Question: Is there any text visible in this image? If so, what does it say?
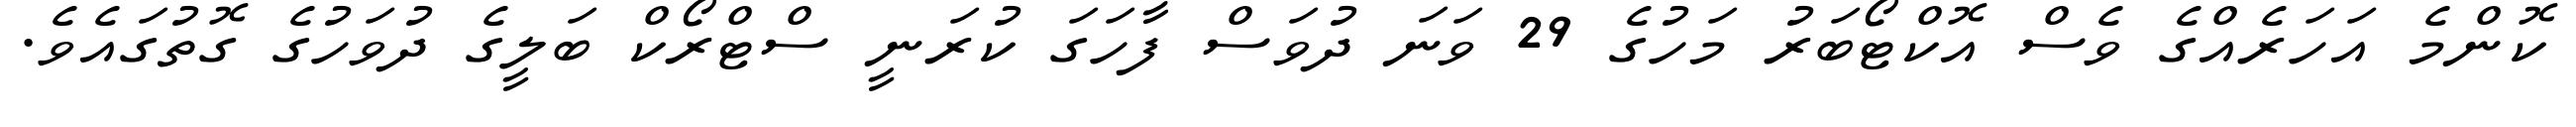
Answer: ކޮންމެ އަހަރެއްގެ ވެސް އޮކްޓޯބަރު މަހުގެ 29 ވަނަ ދުވަސް ފާހަގަ ކުރަނީ ސްޓްރޯކް ބަލީގެ ދުވަހުގެ ގޮތުގައެވެ.